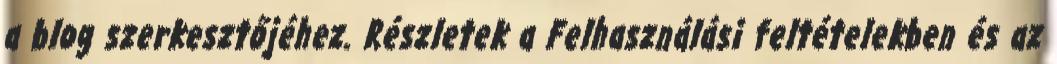
a blog szerkesztőjéhez. Részletek a Felhasználási feltételekben és az